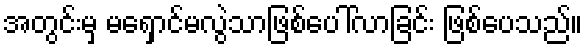
အတွင်းမှ မရှောင်မလွဲသာဖြစ်ပေါ်လာခြင်း ဖြစ်ပေသည်။